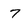
Character: 7